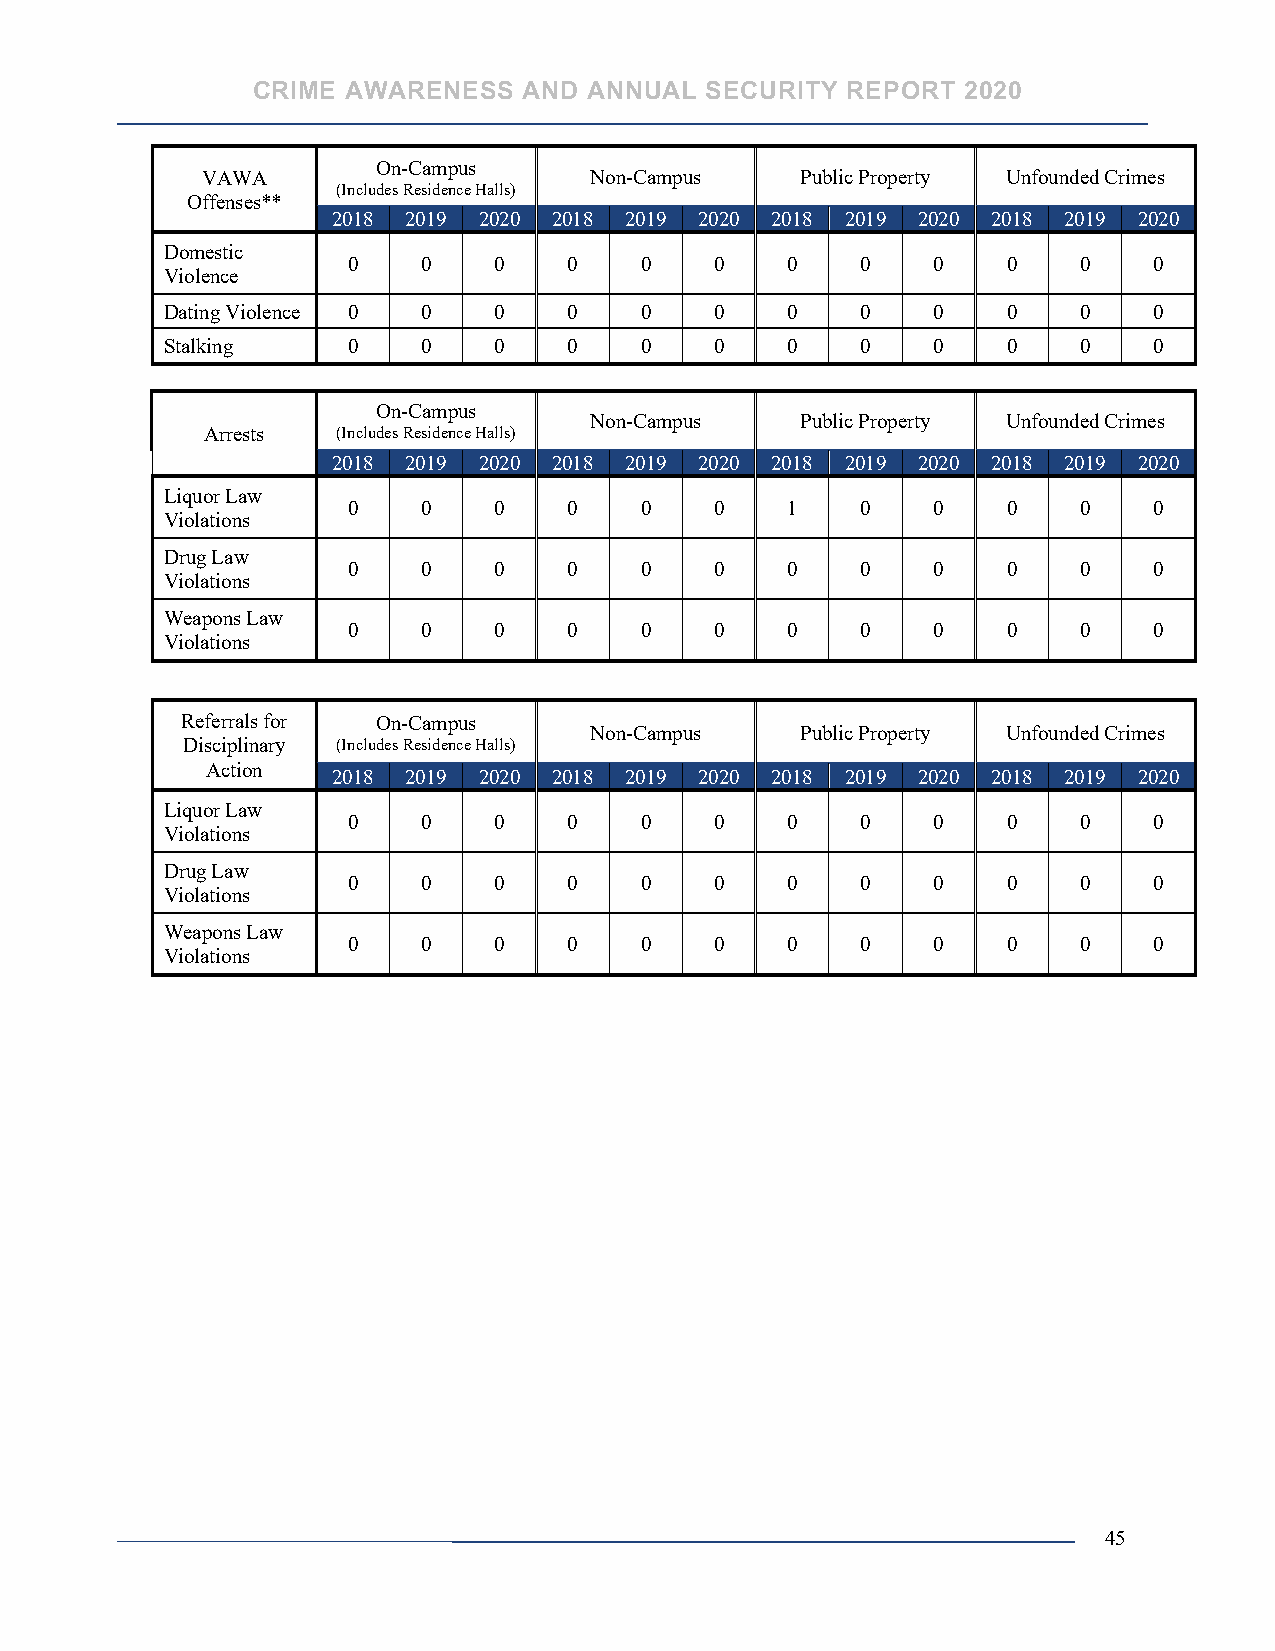
CRIME AWARENESS   AND ANNUAL  SECURITY REPORT  2020
 On-Campus
 VAWA                      Non-Campus    Public Property Unfounded Crimes
 (Includes Residence Halls)
 Offenses**
 2018 2019 2020 2018 2019 2020 2018 2019 2020 2018 2019 2020
 Domestic
 0    0    0    0   0    0    0    0    0    0   0    0
 Violence
 Dating Violence 0 0   0    0   0    0    0    0    0    0   0    0
 Stalking    0    0    0    0   0    0    0    0    0    0   0    0
 On-Campus
 Non-Campus    Public Property Unfounded Crimes
 Arrests (Includes Residence Halls)
 2018 2019 2020 2018 2019 2020 2018 2019 2020 2018 2019 2020
 Liquor Law
 0    0    0    0   0    0    1    0    0    0   0    0
 Violations
 Drug Law
 0    0    0    0   0    0    0    0    0    0   0    0
 Violations
 Weapons Law
 0    0    0    0   0    0    0    0    0    0   0    0
 Violations
 Referrals for On-Campus
 Non-Campus    Public Property Unfounded Crimes
 Disciplinary (Includes Residence Halls)
 Action
 2018 2019 2020 2018 2019 2020 2018 2019 2020 2018 2019 2020
 Liquor Law
 0    0    0    0   0    0    0    0    0    0   0    0
 Violations
 Drug Law
 0    0    0    0   0    0    0    0    0    0   0    0
 Violations
 Weapons Law
 0    0    0    0   0    0    0    0    0    0   0    0
 Violations
 45